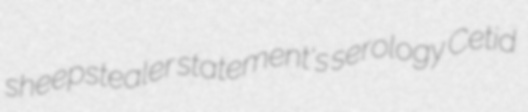
sheepstealer statement's serology Cetid